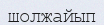
шолжайып